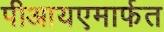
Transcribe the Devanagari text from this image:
पीआयएमार्फत